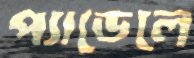
প্যাডেলে